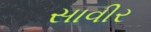
સાવીર